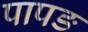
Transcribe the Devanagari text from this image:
पापङ